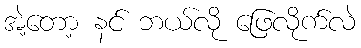
အဲ့တော့ နင် ဘယ်လို ဖြေလိုက်လဲ